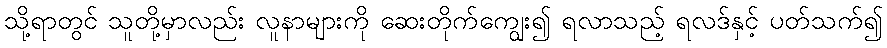
သို့ရာတွင် သူတို့မှာလည်း လူနာများကို ဆေးတိုက်ကျွေး၍ ရလာသည့် ရလဒ်နှင့် ပတ်သက်၍